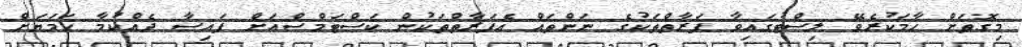
މިގޮތަށް ހާމަކުރެވޭ ލިސްޓުގައިވާ ފަރާތްތަކުގެ ނަންތައް އެފަރާތްތަކުން ކަސްޓަމްސްއަށް ފައިސާ ދެއްކުމާ ހަމަޔަށް